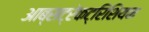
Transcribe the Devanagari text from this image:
आब्सट्रेकट्रिशियन